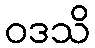
ဝဒသိ